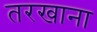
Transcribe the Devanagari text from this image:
तरखाना